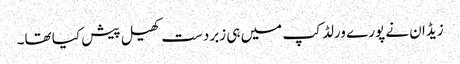
زیڈان نے پورے ورلڈ کپ میں ہی زبردست کھیل پیش کیا تھا۔